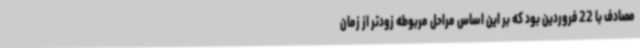
مصادف با 22 فروردین بود که بر این اساس مراحل مربوطه زودتر از زمان